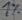
Text: 1%